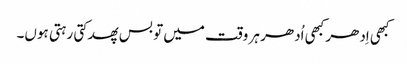
کبھی اِدھر کبھی اُدھر ہر وقت میں تو بس پھدکتی رہتی ہوں۔